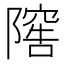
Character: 𨻴